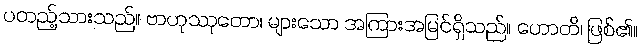
ပတည့်သားသည်။ ဗာဟုဿုတော၊ များသော အကြားအမြင်ရှိသည်။ ဟောတိ၊ ဖြစ်၏။